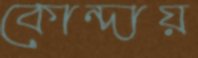
কোন্দায়